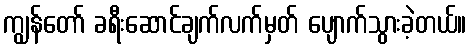
ကျွန်တော် ခရီးဆောင်ချက်လက်မှတ် ပျောက်သွားခဲ့တယ်။